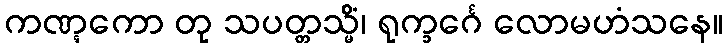
ကဏ္ဋကော တု သပတ္တသ္မိံ၊ ရုက္ခင်္ဂေ လောမဟံသနေ။